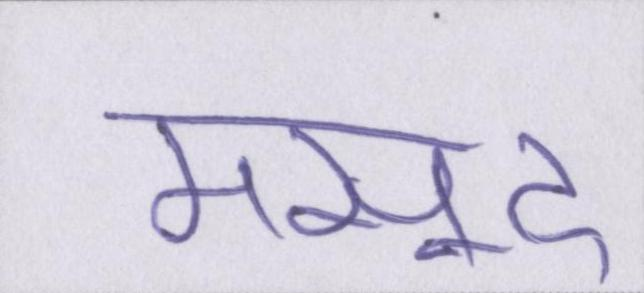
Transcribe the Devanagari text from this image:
मसूद